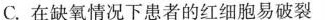
C.在缺氧情况下患者的红细胞易破裂